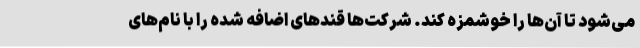
می‌شود تا آن‌ها را خوشمزه کند. شرکت‌ها قندهای اضافه شده را با نام‌های